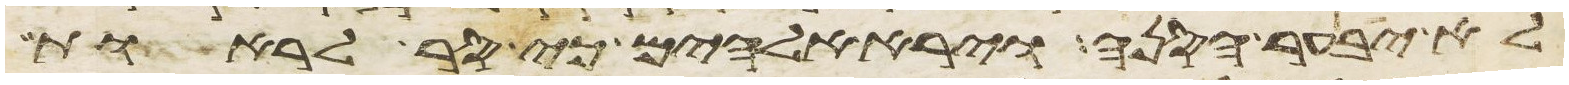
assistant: לא יבער הסנה וירא אלהים כי סר לראות